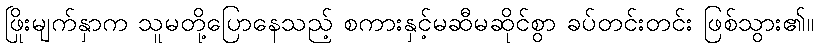
ဖြိုးမျက်နှာက သူမတို့ပြောနေသည့် စကားနှင့်မဆီမဆိုင်စွာ ခပ်တင်းတင်း ဖြစ်သွား၏။